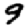
Digit: 9